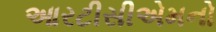
આરટીસીએમનો